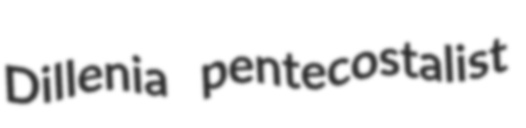
Dillenia pentecostalist